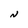
Character: N